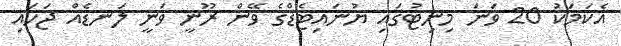
އެކަމަކު 20 ވަނަ މިނިޓުގައި ޔުނައިޓެޑްގެ ވޭން ރޫނީ ވަނީ ލަނޑެއް ޖަހައި